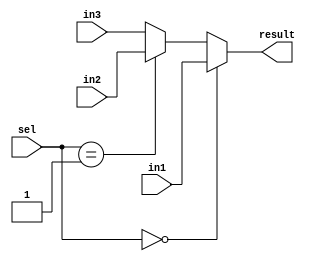
module Mux_t (
    input [1:0] sel, 
    input [31:0] in1 ,
    input [31:0] in2, 
    input [31:0] in3, 
    output[31:0] result 
);

assign result = (sel == 2'd0) ? in1 :  
                (sel == 2'd1) ? in2 : in3;

    
endmodule